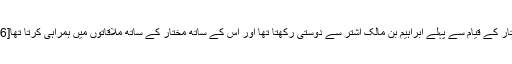
مختار کے قیام سے پہلے ابراہیم بن مالک اشتر سے دوستی رکھتا تھا اور اس کے ساتھ مختار کے ساتھ ملاقاتوں میں ہمراہی کرتا تھا[26]۔